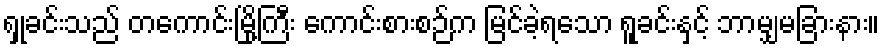
ရှုခင်းသည် တကောင်းမြို့ကြီး ကောင်းစားစဉ်က မြင်ခဲ့ရသော ရူခင်းနှင့် ဘာမျှမခြားနား။